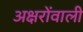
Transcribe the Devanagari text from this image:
अक्षरोंवाली